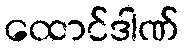
ထောင်ဒါဏ်